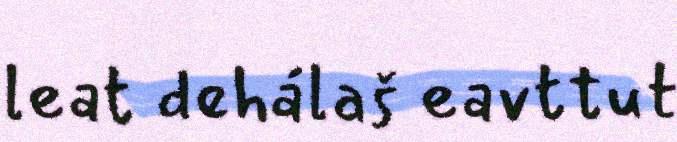
leat dehálaš eavttut